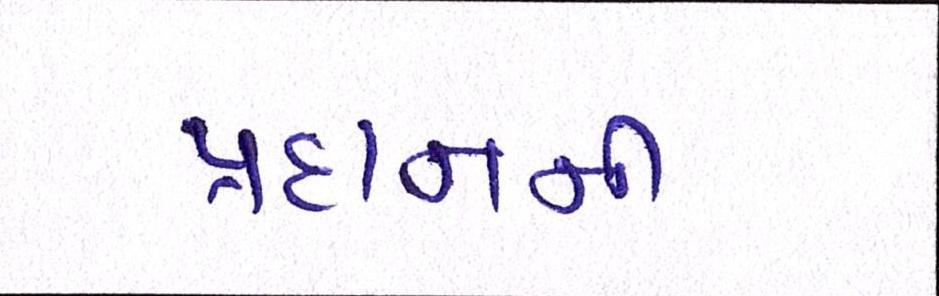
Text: પ્રદાનની